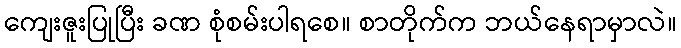
ကျေးဇူးပြုပြီး ခဏ စုံစမ်းပါရစေ။ စာတိုက်က ဘယ်နေရာမှာလဲ။